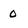
Character: 0